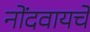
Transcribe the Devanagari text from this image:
नोंदवायचेे